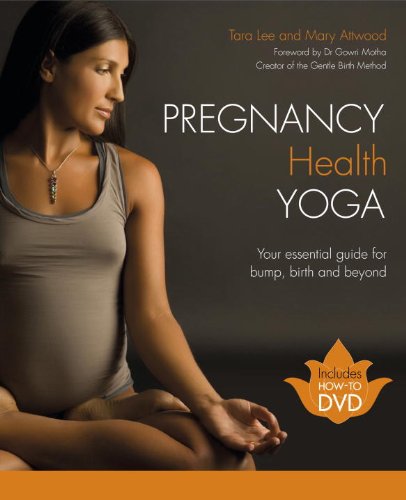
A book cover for Pregnancy Health Yoga: Your Essential Guide for Bump, Birth and Beyond; Tara Lee; Health, Fitness & Dieting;